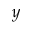
y